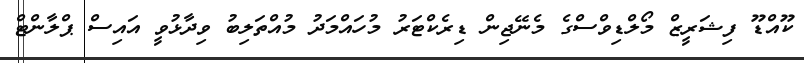
ކޫއްޑޫ ފިޝަރީޒް މޯލްޑިވްސްގެ މެނޭޖިން ޑިރެކްޓަރު މުހައްމަދު މުއްތަލިބު ވިދާޅުވީ އައިސް ޕްލާންޓް